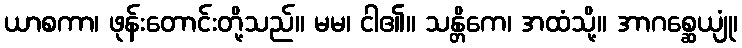
ယာစကာ၊ ဖုန်းတောင်းတို့သည်။ မမ၊ ငါ၏။ သန္တိကေ၊ အထံသို့။ အာဂစ္ဆေယျုံ၊